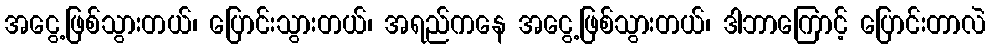
အငွေ့ဖြစ်သွားတယ်၊ ပြောင်းသွားတယ်၊ အရည်ကနေ အငွေ့ဖြစ်သွားတယ်၊ ဒါဘာကြောင့် ပြောင်းတာလဲ